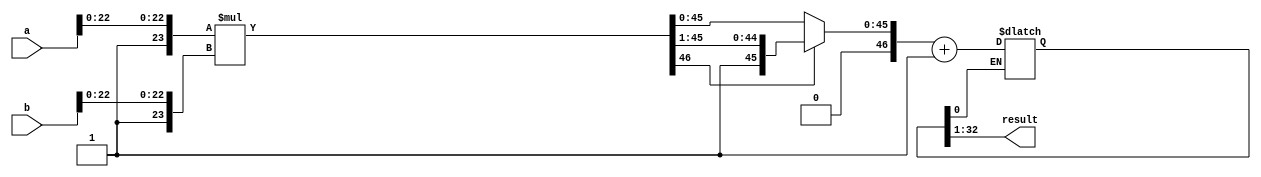
module floating_point_multiplier (
    input wire [31:0] a, // First floating-point input
    input wire [31:0] b, // Second floating-point input
    output reg [31:0] result // Resulting floating-point output
);

// IEEE 754 parameters
parameter EXPONENT_BITS = 8;
parameter SIGNIFICAND_BITS = 23;
parameter BIAS = 127;

// Internal signals
wire sign_a, sign_b, sign_result;
wire [EXPONENT_BITS-1:0] exponent_a, exponent_b, exponent_result;
wire [SIGNIFICAND_BITS:0] significand_a, significand_b; // Including implicit leading 1
wire [2*SIGNIFICAND_BITS+1:0] significand_product; // Product of significands
reg [EXPONENT_BITS-1:0] exponent_temp;
reg [2*SIGNIFICAND_BITS:0] significand_normalized;
reg [EXPONENT_BITS-1:0] exponent_final;

// Extract sign, exponent, and significand
assign sign_a = a[31];
assign sign_b = b[31];
assign exponent_a = a[30:23];
assign exponent_b = b[30:23];
assign significand_a = {1'b1, a[22:0]}; // Include implicit leading 1
assign significand_b = {1'b1, b[22:0]}; // Include implicit leading 1

// Determine output sign
assign sign_result = sign_a ^ sign_b;

// Exponent calculation
always @(*) begin
    // Adjust exponents by subtracting bias
    exponent_temp = exponent_a + exponent_b - BIAS;
    // Check for overflow
    if (exponent_temp >= (1 << EXPONENT_BITS) - 1) begin
        exponent_final = (1 << EXPONENT_BITS) - 1; // Set to infinity
    end else begin
        exponent_final = exponent_temp + BIAS; // Apply bias to final exponent
    end
end

// Significand multiplication
assign significand_product = significand_a * significand_b;

// Normalization
always @(*) begin
    // Shift to normalize the result
    significand_normalized = significand_product;
    if (significand_normalized[2*SIGNIFICAND_BITS] == 1) begin
        // If the product is greater than 1, shift right
        significand_normalized = significand_normalized >> 1;
        exponent_final = exponent_final + 1; // Adjust exponent
    end
end

// Rounding (to nearest even)
always @(*) begin
    // Rounding logic (simple round to nearest even)
    if (significand_normalized[0]) begin
        significand_normalized = significand_normalized + 1; // Round up
    end
end

// Result formation
always @(*) begin
    result = {sign_result, exponent_final[EXPONENT_BITS-1:0], significand_normalized[2*SIGNIFICAND_BITS-1:1]};
end

endmodule